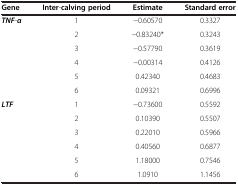
| Gene | Inter-calving period | Estimate | Standard error |
 | --- | --- | --- | --- |
 | <ROWSPAN=6> TNF-α | 1 | −0.60570 | 0.3327 |
 | 2 | −0.83240* | 0.3243 |
 | 3 | −0.57790 | 0.3619 |
 | 4 | −0.00314 | 0.4126 |
 | 5 | 0.42340 | 0.4683 |
 | 6 | 0.09321 | 0.6996 |
 | LTF | 1 | −0.73600 | 0.5592 |
 |  | 2 | 0.10390 | 0.5507 |
 |  | 3 | 0.22010 | 0.5966 |
 |  | 4 | 0.40560 | 0.6877 |
 |  | 5 | 1.18000 | 0.7546 |
 |  | 6 | 1.0910 | 1.1456 |